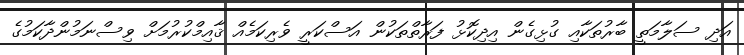
އަދި ސަލާމަތީ ބާރުތަކާއި ގުޅިގެން އިދިކޮޅު ފަރާތްތަކުން އަސްކަރީ ވެރިކަމެއް ޤާއިމްކުރުމަށް ވިސްނަމުންދާކަމުގެ